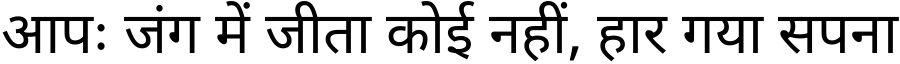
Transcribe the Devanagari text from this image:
आपः जंग में जीता कोई नहीं, हार गया सपना